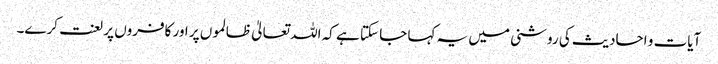
آیات و احادیث کی روشنی میں یہ کہا جا سکتا ہے کہ اللہ تعالیٰ ظالموں پر اور کافروں پر لعنت کرے۔